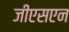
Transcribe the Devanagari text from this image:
जीएसएन